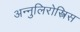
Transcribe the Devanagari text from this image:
अन्नुलिरोस्त्रिस